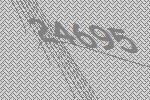
24695